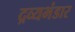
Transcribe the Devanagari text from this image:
द्रव्यभंडार